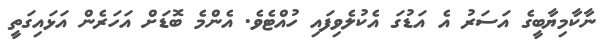
ނާކާމިޔާބީގެ އަސަރު އެ އަޑުގަ އެކުލެވިފައި ހުއްޓެވެ. އެންމެ ބޮޑަށް އަހަރެން އަޅައިގަތީ